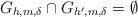
LaTeX: \begin{align*}G_{h,m,\delta}\cap G_{h',m,\delta}=\emptyset\end{align*}